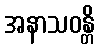
အနာသဝန္တိ